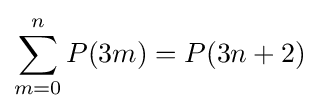
\sum _{m=0}^{n}P(3m)=P(3n+2)